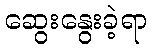
ဆွေးနွေးခဲ့ရာ